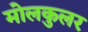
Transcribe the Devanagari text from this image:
मोलकुलर